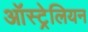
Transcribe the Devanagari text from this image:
आॅस्ट्रेलियन